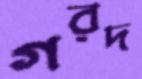
গরদ